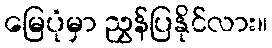
မြေပုံမှာ ညွှန်ပြနိုင်လား။